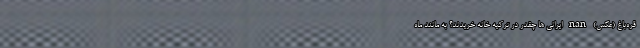
قره‌باغ (عکس) nan ایرانی ها چقدر در ترکیه خانه خریدند؟ به مانند ماه